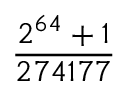
\frac { 2 ^ { 6 4 } + 1 } { 2 7 4 1 7 7 }